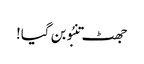
جھٹ تنبُو بن گیا!